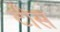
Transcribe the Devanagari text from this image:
टींस